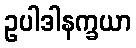
ဥပါဒါနက္ခယာ